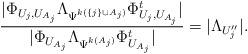
LaTeX: \begin{align*}\frac{|\Phi_{U_{j},U_{A_j}}\Lambda_{\Psi^{k(\{j\}\cup A_j)}} \Phi_{U_{j},U_{A_j}}^t|}{|\Phi_{U_{A_j}}\Lambda_{\Psi^{k(A_j)}} \Phi_{U_{A_j}}^t|}=|\Lambda_{U''_j}|.\end{align*}